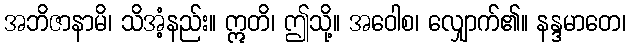
အဘိဇာနာမိ၊ သိအံ့နည်း။ ဣတိ၊ ဤသို့။ အဝေါစ၊ လျှောက်၏။ နန္ဒမာတေ၊